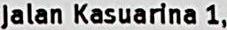
JALAN KASUARINA 1,